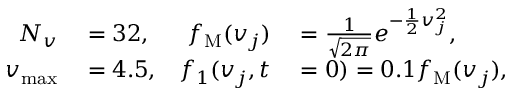
\begin{array} { r l r l } { N _ { v } } & { { } = 3 2 , } & { f _ { \mathrm { M } } ( v _ { j } ) } & { { } = \frac { 1 } { \sqrt { 2 \pi } } e ^ { - \frac { 1 } { 2 } v _ { j } ^ { 2 } } , } \\ { v _ { \operatorname* { m a x } } } & { { } = 4 . 5 , } & { f _ { 1 } ( v _ { j } , t } & { { } = 0 ) = 0 . 1 f _ { \mathrm { M } } ( v _ { j } ) , } \end{array}